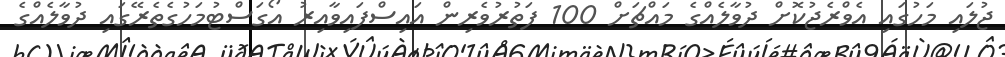
ޖުލައި މަހުގައި އެވްރެޖުކޮށް ދުވާލެއްގެ މައްޗަށް 100 ފަތުރުވެރިން އައިސްފައިވާއިރު އޯގަސްޓުމަހުގެތެރޭގައި ދުވާލެއްގެ